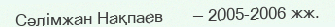
Сәлімжан Нақпаев      — 2005-2006 жж.